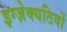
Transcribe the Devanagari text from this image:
इग्ज़ेक्यटिवों